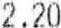
2.20